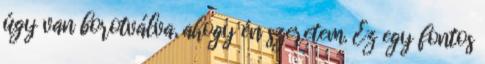
úgy van borotválva, ahogy én szeretem. Ez egy fontos